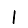
Digit: 1